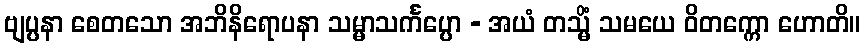
ဗျပ္ပနာ စေတသော အဘိနိရောပနာ သမ္မာသင်္ကပ္ပော - အယံ တသ္မိံ သမယေ ဝိတက္ကော ဟောတိ။